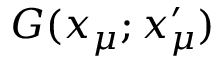
G ( x _ { \mu } ; x _ { \mu } ^ { \prime } )